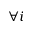
\forall i